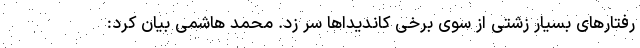
رفتارهای بسیار زشتی از سوی برخی کاندیداها سر زد. محمد هاشمی بیان کرد: